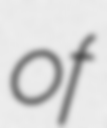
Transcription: of